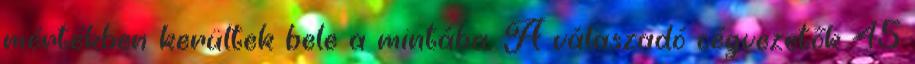
mértékben kerültek bele a mintába. A válaszadó cégvezetők 45